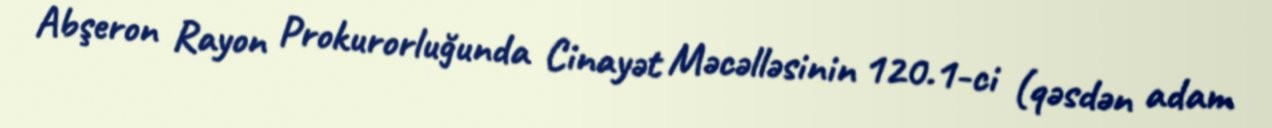
Abşeron Rayon Prokurorluğunda Cinayət Məcəlləsinin 120.1-ci (qəsdən adam